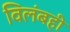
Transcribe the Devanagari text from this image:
विलंबही